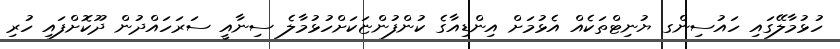
ހުޅުމާލޭގައި ހައުސިންގ ޔުނިޓްތަކެއް އެޅުމަށް އިންޑިއާގެ ކުންފުންޏަކަށްހުޅުމާލެ ސިނާއީ ސަރަހައްދުން ދޫކޮށްފައި ހުރި